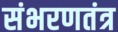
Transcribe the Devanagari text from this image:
संभरणतंत्र